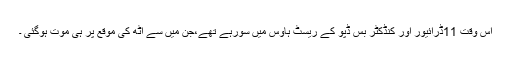
اس وقت 11ڈرائیور اور کنڈکٹر بس ڈپو کے ریسٹ ہاؤس میں سورہے تھے،جن میں سے آٹھ کی موقع پر ہی موت ہوگئی ۔